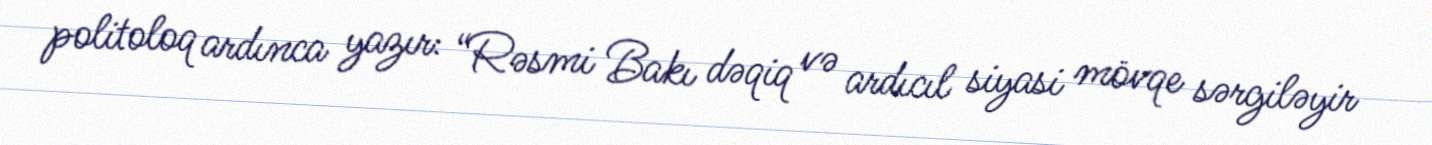
politoloq ardınca yazır: “Rəsmi Bakı dəqiq və ardıcıl siyasi mövqe sərgiləyir